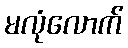
မလုံလောက်